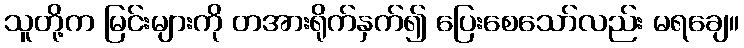
သူတို့က မြင်းများကို တအားရိုက်နှက်၍ ပြေးစေသော်လည်း မရချေ။